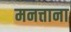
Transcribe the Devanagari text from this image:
मनत्ताना